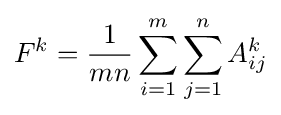
F^{k}={\frac {1}{mn}}\sum _{i=1}^{m}\sum _{j=1}^{n}A_{ij}^{k}